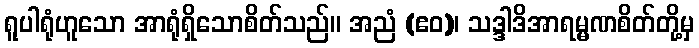
ရူပါရုံဟူသော အာရုံရှိသောစိတ်သည်။ အညံ (ဧဝ)၊ သဒ္ဒါဒိအာရမ္မဏစိတ်တို့မှ